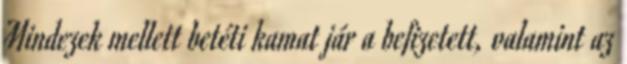
Mindezek mellett betéti kamat jár a befizetett, valamint az